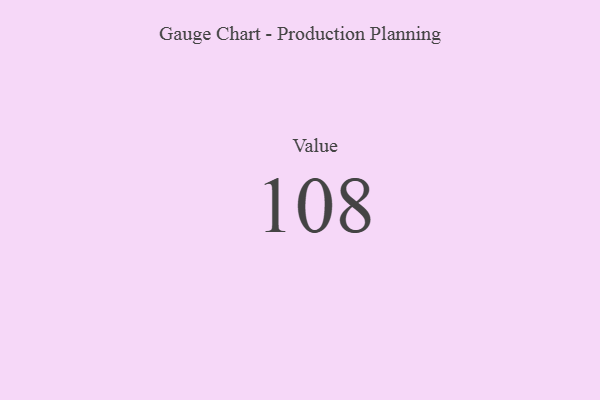
{"axis": {"x": "Metric", "y": "Value"}, "legend": [""], "data": [{"x": "Value", "y": 108, "type": ""}]}